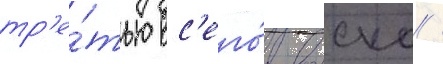
тр'е́тью вс'его́ воиска /